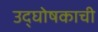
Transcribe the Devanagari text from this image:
उद्घोषकाची